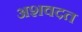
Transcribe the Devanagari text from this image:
अशवदत